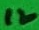
Text: 12